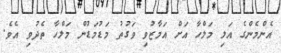
އެންމެންގެ އަލި މަލްހާ އަށް އަމާޒުވި ވަގުތު މަޑުމަޑުން މަލްހާ ތެދުވި އެވެ.